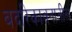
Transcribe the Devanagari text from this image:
बदरिकावनातील